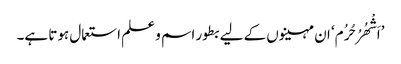
’اَشْھُرُ حُرُم‘ ان مہینوں کے لیے بطور اسم و علم استعمال ہوتا ہے۔